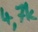
Text: 4,7k